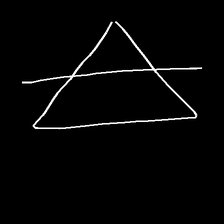
Glyph: empower